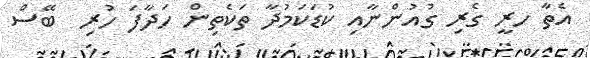
އެތާ ހރީ ގެރި ގުއުންނާއި ކުޑަކަމުދާ ތަކެތިން ހަދާފަ ހުރި  ބޭސް